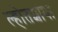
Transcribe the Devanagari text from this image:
ल्होतशांपा